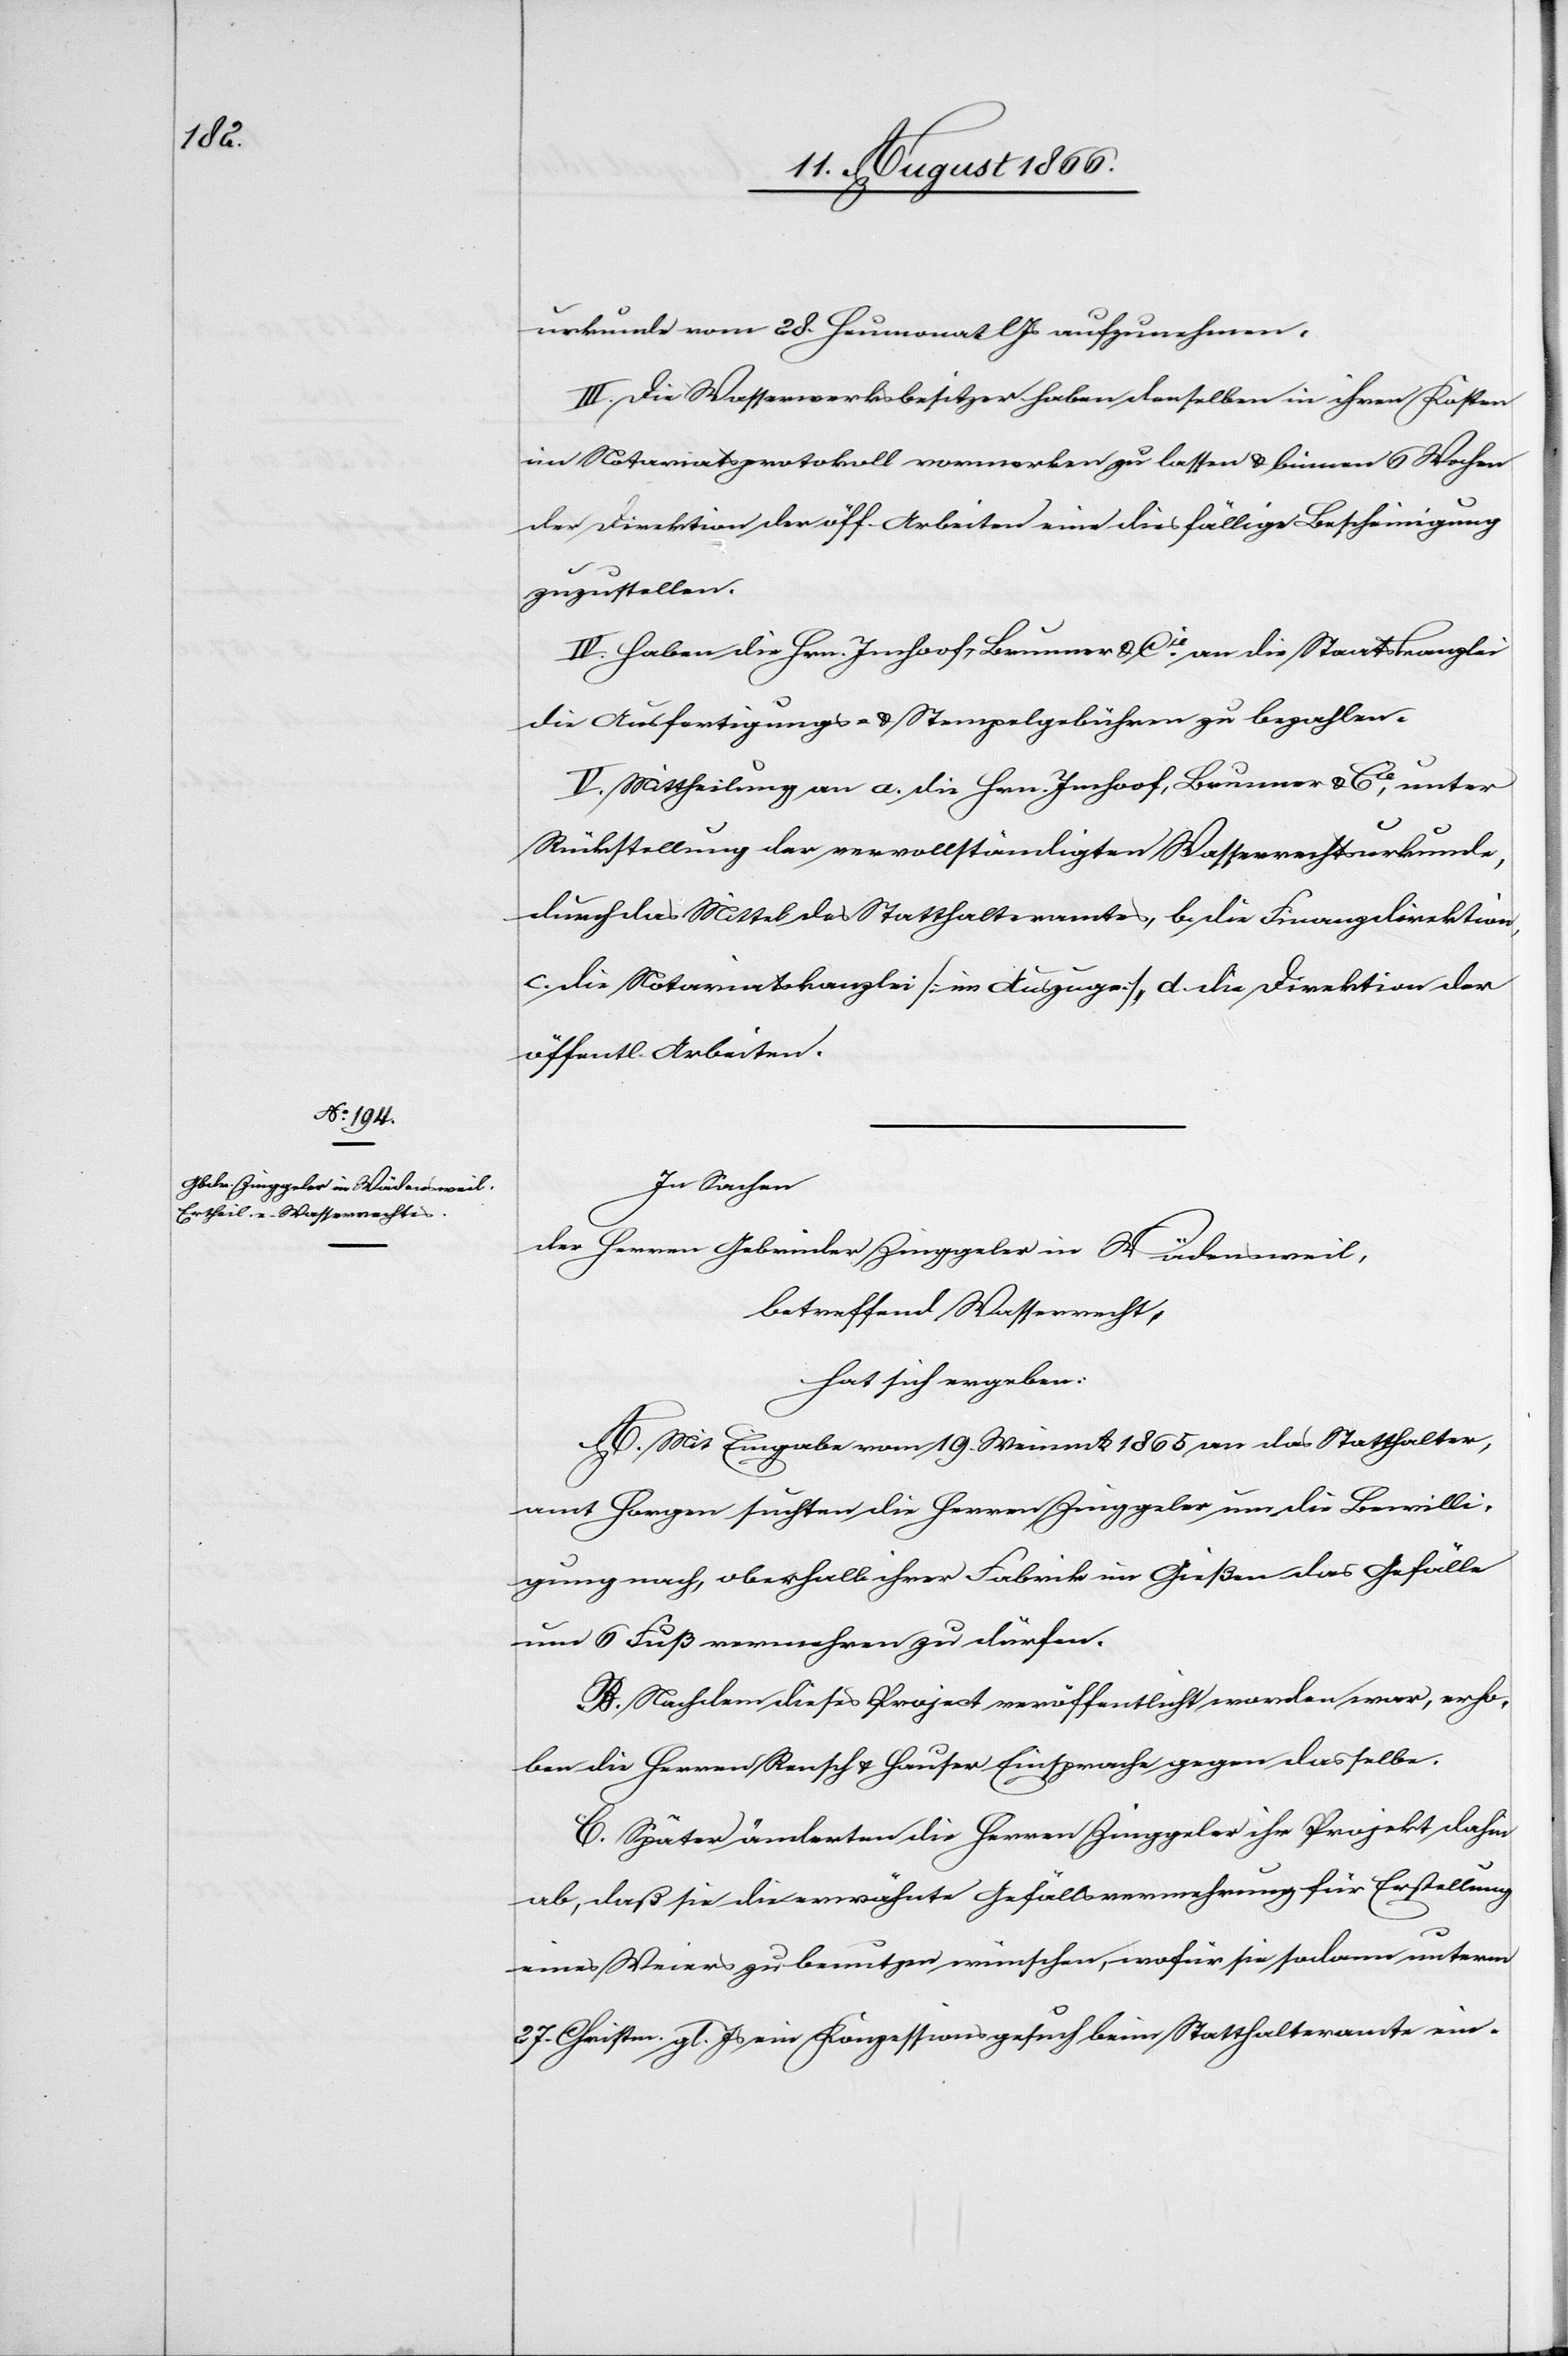
urkunde vom 28. Heumonat lJs aufzunehmen.
III. Die Wasserwerksbesitzer haben denselben in ihren Kosten
im Notariatsprotokoll vormerken zu lassen u. binnen 6 Wochen
der Direktion der öff. Arbeiten eine diesfällige Bescheinigung
zuzustellen.
IV. Haben die Hrn. Imhoof, Brunner u. Cie. an die Staatskanzlei
die Ausfertigungs- u. Stempelgebühren zu bezahlen.
V. Mittheilung an a. die Hrn Imhoof, Brunner u. Cie, unter
Rückstellung der vervollständigten Wasserrechtsurkunde,
durch das Mittel des Statthalteramtes, b. die Finanzdirektion,
c. die Notariatskanzlei [im Auszuge], d. die Direktion der
öffentl. Arbeiten.
In Sachen
der Herren Gebrüder Zinggeler in Wädensweil,
betreffend Wasserrecht,
hat sich ergeben:
A. Mit Eingabe vom 19. Weinmt. 1865 an das Statthalter¬
amt Horgen suchten die Herren Zinggeler um die Bewilli¬
gung nach, oberhalb ihrer Fabrik im Geißen das Gefälle
um 6 Fuß vermehren zu dürfen.
B. Nachdem dieses Project veröffentlicht worden war, erho¬
ben die Herren Rensch u. Hauser Einsprache gegen dasselbe.
C. Später änderten die Herren Zinggeler ihr Projekt dahin
ab, daß sie die erwähnte Gefällsvermehrung für Erstellung
eines Weiers zu benutzen wünschen, wofür sie sodann unterm
27. Christm. gl. Js. ein Konzessionsgesuch beim Statthalteramte ein-